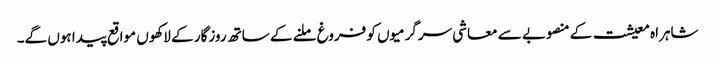
شاہراہ معیشت کے منصوبے سے معاشی سرگرمیوں کو فروغ ملنے کے ساتھ روزگار کے لاکھوں مواقع پیدا ہوں گے۔